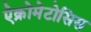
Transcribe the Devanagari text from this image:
ऐक्रोमेटोसिस